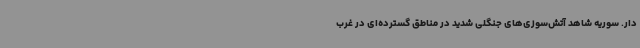
دار. سوریه شاهد آتش‌سوزی‌های جنگلی شدید در مناطق گسترده‌ای در غرب